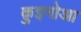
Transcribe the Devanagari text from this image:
क़ुइनोआ